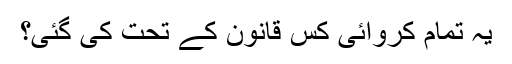
یہ تمام کروائی کس قانون کے تحت کی گئی؟